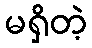
မရှိတဲ့